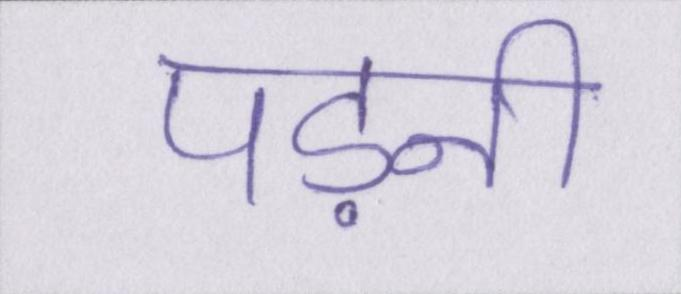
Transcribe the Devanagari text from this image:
पड़नी